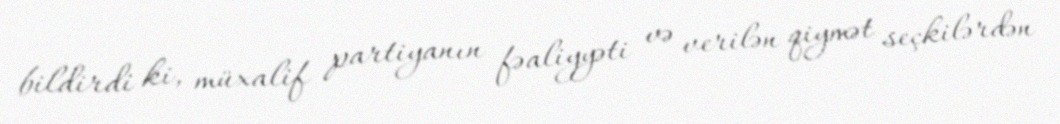
bildirdi ki, müxalif partiyanın fəaliyyəti və verilən qiymət seçkilərdən